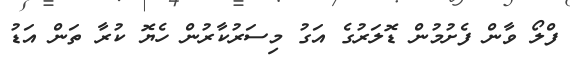
ފްލޯ ވާން ފެށުމުން ޑޮލަރުގެ އަގު މިސަރުކާރުން ހެޔޮ ކުރާ ތަން އަޑު